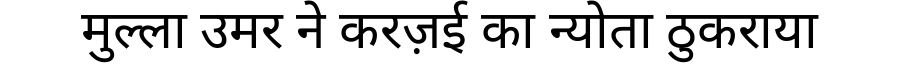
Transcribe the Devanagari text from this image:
मुल्ला उमर ने करज़ई का न्योता ठुकराया